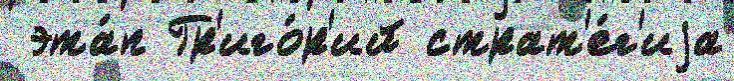
 эта́п Гр'иго́р'ий страт'е́г'иjа